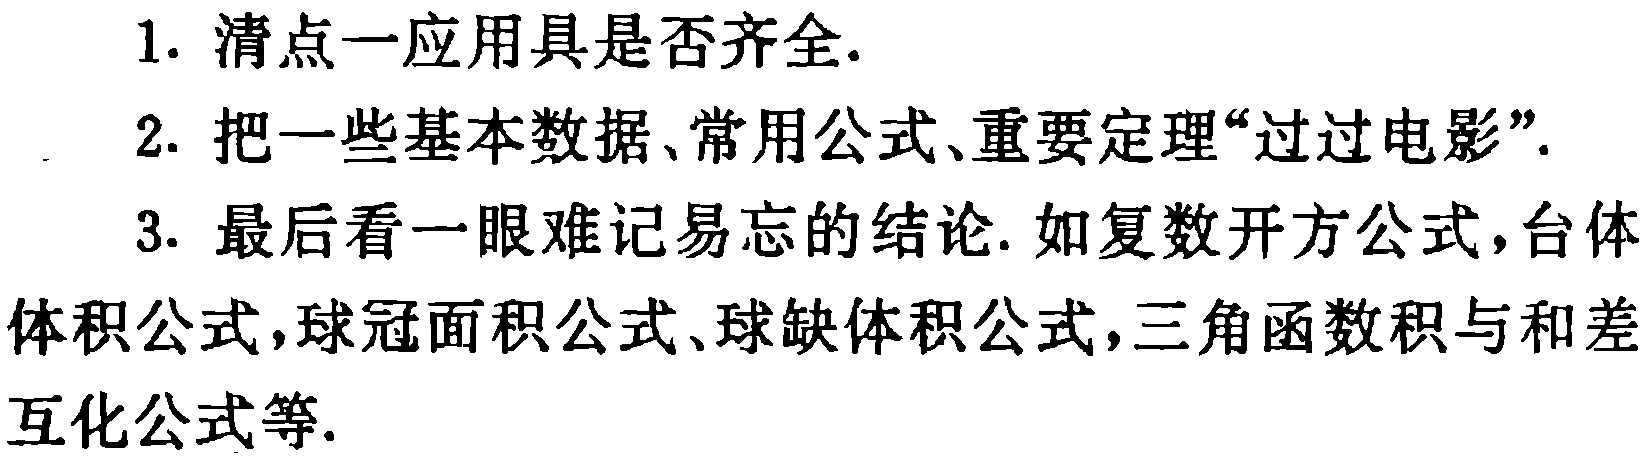
1. 清点一应用具是否齐全.
2. 把一些基本数据、常用公式、重要定理“过过电影”.
3. 最后看一眼难记易忘的结论. 如复数开方公式，台体体积公式，球冠面积公式、球缺体积公式，三角函数积与和差互化公式等.